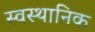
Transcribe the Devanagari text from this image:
स्वस्थानिक